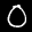
Label: 0